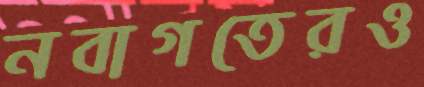
নবাগতেরও